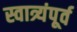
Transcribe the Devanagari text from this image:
स्वात्र्यंपूर्व